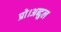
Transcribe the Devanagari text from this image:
प्रो।अब्दुल